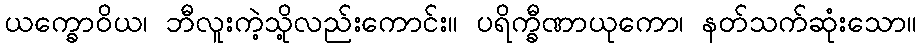
ယက္ခောဝိယ၊ ဘီလူးကဲ့သို့လည်းကောင်း။ ပရိက္ခီဏာယုကော၊ နတ်သက်ဆုံးသော။